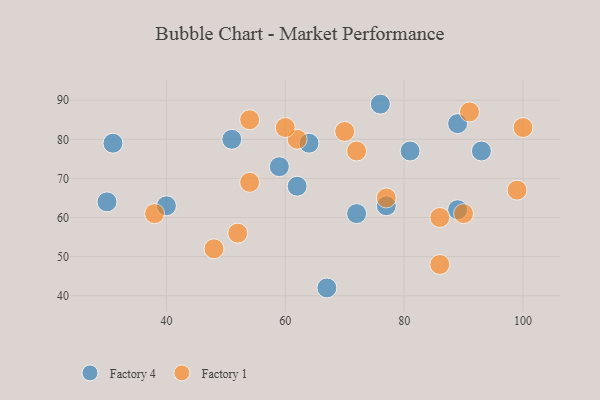
{"axis": {"x": "GDP", "y": "Life Expectancy"}, "legend": ["Factory 1", "Factory 4"], "data": [{"x": "59", "y": 73, "type": "Factory 4"}, {"x": "67", "y": 42, "type": "Factory 4"}, {"x": "62", "y": 68, "type": "Factory 4"}, {"x": "64", "y": 79, "type": "Factory 4"}, {"x": "51", "y": 80, "type": "Factory 4"}, {"x": "77", "y": 63, "type": "Factory 4"}, {"x": "40", "y": 63, "type": "Factory 4"}, {"x": "81", "y": 77, "type": "Factory 4"}, {"x": "76", "y": 89, "type": "Factory 4"}, {"x": "30", "y": 64, "type": "Factory 4"}, {"x": "93", "y": 77, "type": "Factory 4"}, {"x": "72", "y": 61, "type": "Factory 4"}, {"x": "89", "y": 62, "type": "Factory 4"}, {"x": "89", "y": 84, "type": "Factory 4"}, {"x": "31", "y": 79, "type": "Factory 4"}, {"x": "86", "y": 48, "type": "Factory 1"}, {"x": "38", "y": 61, "type": "Factory 1"}, {"x": "99", "y": 67, "type": "Factory 1"}, {"x": "86", "y": 60, "type": "Factory 1"}, {"x": "70", "y": 82, "type": "Factory 1"}, {"x": "62", "y": 80, "type": "Factory 1"}, {"x": "91", "y": 87, "type": "Factory 1"}, {"x": "54", "y": 69, "type": "Factory 1"}, {"x": "77", "y": 65, "type": "Factory 1"}, {"x": "52", "y": 56, "type": "Factory 1"}, {"x": "72", "y": 77, "type": "Factory 1"}, {"x": "54", "y": 85, "type": "Factory 1"}, {"x": "100", "y": 83, "type": "Factory 1"}, {"x": "90", "y": 61, "type": "Factory 1"}, {"x": "48", "y": 52, "type": "Factory 1"}, {"x": "60", "y": 83, "type": "Factory 1"}]}